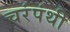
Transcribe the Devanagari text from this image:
चरंपंथी